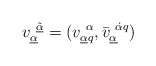
\begin{align*} v^{~\underline{\tilde{\alpha}}}_{\underline{\alpha}} =(v^{~\alpha }_{\underline{\alpha}q},\bar{v}^{~\dot{\alpha}q}_{\underline{\alpha}} )\end{align*}